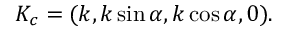
K _ { c } = ( k , k \sin \alpha , k \cos \alpha , 0 ) .